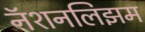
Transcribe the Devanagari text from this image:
नॅशनलिझम